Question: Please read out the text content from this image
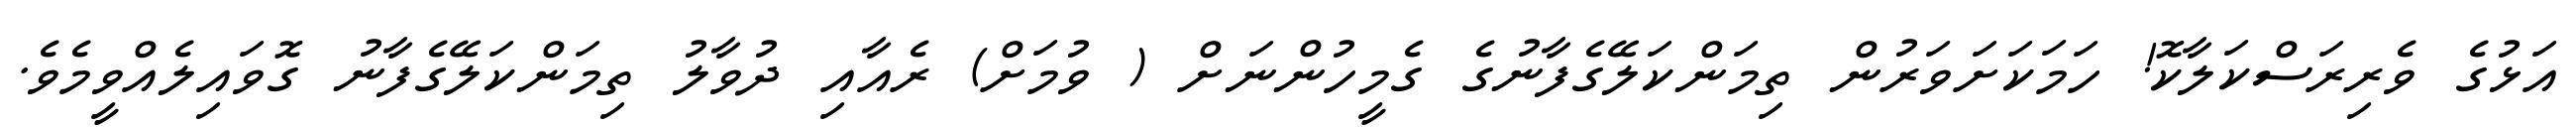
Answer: އަޅުގެ ވެރިރަސްކަލާކޮ! ހަމަކަށަވަރުން ތިމަންކަލޭގެފާނުގެ ގެމީހުންނަށް ( ވުމަށް) ރެއާއި ދުވާލު ތިމަންކަލޭގެފާނު ގޮވައިލެއްވީމެވެ.